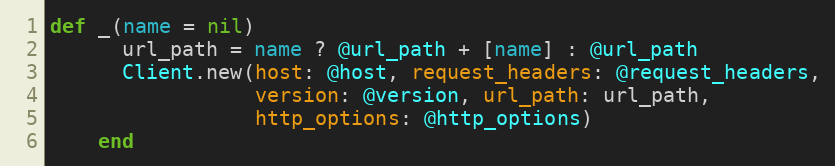
Language: Ruby
def _(name = nil)
      url_path = name ? @url_path + [name] : @url_path
      Client.new(host: @host, request_headers: @request_headers,
                 version: @version, url_path: url_path,
                 http_options: @http_options)
    end